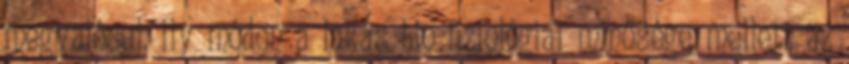
megvalósul. Ily módon a lakás bio-fiziológiai minősége mellett az